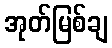
အုတ်မြစ်ချ